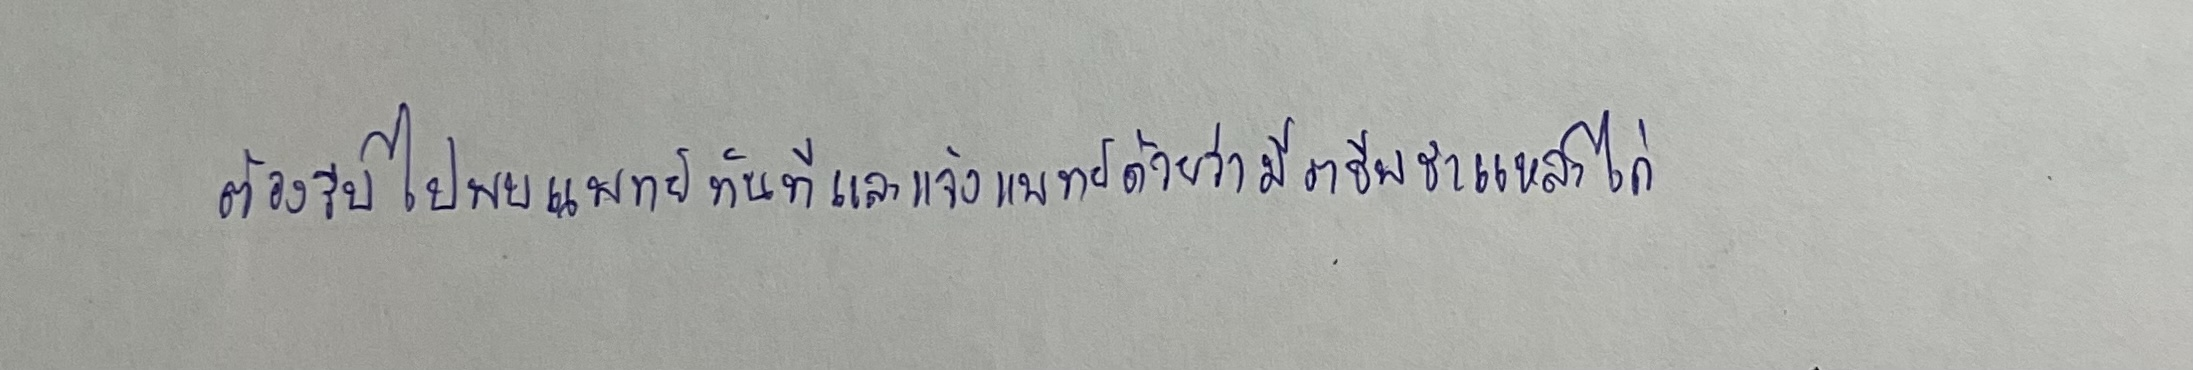
ต้องรีบไปพบแพทย์ทันทีและแจ้งแพทย์ด้วยว่ามีอาชีพชำแหละไก่